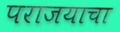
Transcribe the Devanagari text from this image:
पराजयाचा